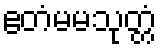
ဧတံမမသုတ္တံ